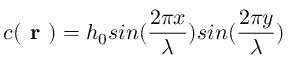
c ( \textbf { r } ) = h _ { 0 } s i n ( \frac { 2 \pi x } { \lambda } ) s i n ( \frac { 2 \pi y } { \lambda } )